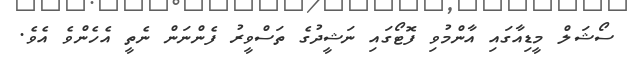
ސޯޝަލް މީޑިއާގައި އާންމުވި ފޮޓޯގައި ނަޝީދުގެ ތަސްވީރު ފެންނަން ނެތީ އެހެންވެ އެވެ.